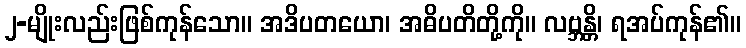
၂-မျိုးလည်းဖြစ်ကုန်သော။ အဒိပတယော၊ အဓိပတိတို့ကို။ လဗ္ဘန္တိ၊ ရအပ်ကုန်၏။